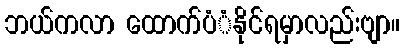
ဘယ်ကလာ ထောက်ပံံနိုင်ရမှာလည်းဗျာ။